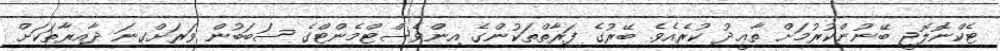
ޓެކްނޮލޮޖީ ބޭނުންކުރުމަށް ތާޢީދު ކުރެއެވެ. ބޭރުގެ ފަރާތްތަކުންގެ އިންވެސްޓްމެންޓްގެ ސަބަބުން ވަރަށްގިނަ ދާއިރާތަކަށް